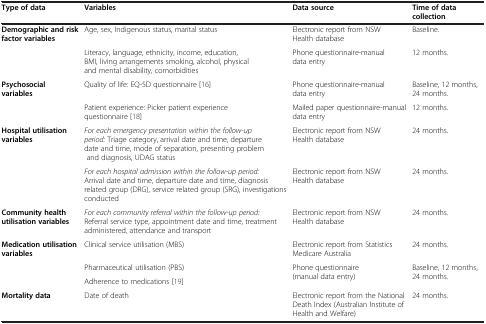
<table><thead><tr><td><b>Type of data</b></td><td><b>Variables</b></td><td><b>Data source</b></td><td><b>Time of data collection</b></td></tr></thead><tbody><tr><td rowspan="2"><b>Demographic and risk factor variables</b></td><td>Age, sex, Indigenous status, marital status</td><td>Electronic report from NSW Health database</td><td>Baseline.</td></tr><tr><td>Literacy, language, ethnicity, income, education, BMI, living arrangements smoking, alcohol, physical and mental disability, comorbidities</td><td>Phone questionnaire-manual data entry</td><td>12 months.</td></tr><tr><td rowspan="2"><b>Psychosocial variables</b></td><td>Quality of life: EQ-5D questionnaire [16]</td><td>Phone questionnaire-manual data entry</td><td>Baseline, 12 months, 24 months.</td></tr><tr><td>Patient experience: Picker patient experience questionnaire [18]</td><td>Mailed paper questionnaire-manual data entry</td><td>12 months.</td></tr><tr><td rowspan="2"><b>Hospital utilisation variables</b></td><td><i>For each emergency presentation within the follow-up period:</i> Triage category, arrival date and time, departure date and time, mode of separation, presenting problem and diagnosis, UDAG status</td><td>Electronic report from NSW Health database</td><td>24 months.</td></tr><tr><td><i>For each hospital admission within the follow-up period:</i> Arrival date and time, departure date and time, diagnosis related group (DRG), service related group (SRG), investigations conducted</td><td>Electronic report from NSW Health database</td><td>24 months.</td></tr><tr><td><b>Community health utilisation variables</b></td><td><i>For each community referral within the follow-up period:</i> Referral service type, appointment date and time, treatment administered, attendance and transport</td><td>Electronic report from NSW Health database</td><td>24 months.</td></tr><tr><td rowspan="3"><b>Medication utilisation variables</b></td><td>Clinical service utilisation (MBS)</td><td>Electronic report from Statistics Medicare Australia</td><td>24 months.</td></tr><tr><td>Pharmaceutical utilisation (PBS)</td><td rowspan="2">Phone questionnaire (manual data entry)</td><td rowspan="2">Baseline, 12 months, 24 months.</td></tr><tr><td>Adherence to medications [19]</td></tr><tr><td><b>Mortality data</b></td><td>Date of death</td><td>Electronic report from the National Death Index (Australian Institute of Health and Welfare)</td><td>24 months.</td></tr></tbody></table>